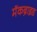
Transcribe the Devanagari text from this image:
मॅकब्राइड